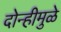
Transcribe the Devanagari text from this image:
दोन्हीमुळे